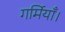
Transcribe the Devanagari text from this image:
गर्मियाँ।